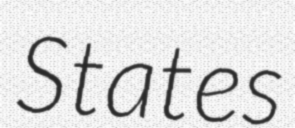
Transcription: States